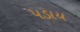
પડાય